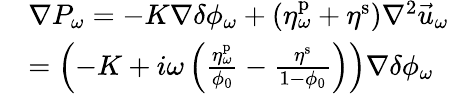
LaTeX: \begin{array}{rl}&{\nabla P_{\omega}=-K\nabla\delta\phi_{\omega}+\left(\eta_{\omega}^{\mathrm{p}}+\eta^{\mathrm{s}}\right)\nabla^{2}\vec{u}_{\omega}}\\ &{=\left(-K+i\omega\left(\frac{\eta_{\omega}^{\mathrm{p}}}{\phi_{0}}-\frac{\eta^{\mathrm{s}}}{1-\phi_{0}}\right)\right)\nabla\delta\phi_{\omega}}\end{array}